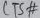
Text: CTS#